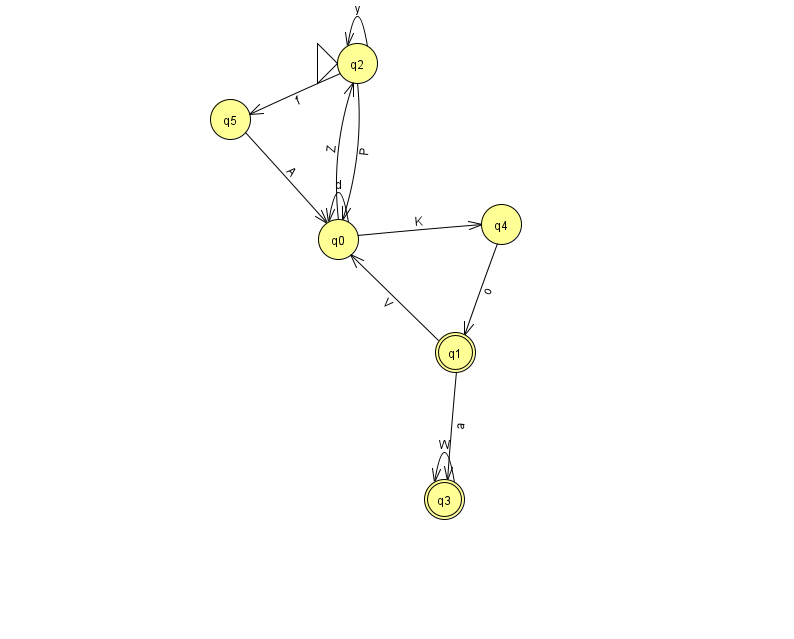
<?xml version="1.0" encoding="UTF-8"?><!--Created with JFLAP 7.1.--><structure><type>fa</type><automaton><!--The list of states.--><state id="0" name="q0"><x>338.0</x><y>226.0</y></state><state id="1" name="q1"><x>455.0</x><y>339.0</y><final/></state><state id="2" name="q2"><x>357.0</x><y>50.0</y><initial/></state><state id="3" name="q3"><x>444.0</x><y>486.0</y><final/></state><state id="4" name="q4"><x>501.0</x><y>211.0</y></state><state id="5" name="q5"><x>230.0</x><y>106.0</y></state><!--The list of transitions.--><transition><from>5</from><to>0</to><read>A</read></transition><transition><from>4</from><to>1</to><read>o</read></transition><transition><from>2</from><to>0</to><read>P</read></transition><transition><from>0</from><to>0</to><read>d</read></transition><transition><from>1</from><to>3</to><read>a</read></transition><transition><from>2</from><to>5</to><read>f</read></transition><transition><from>0</from><to>4</to><read>K</read></transition><transition><from>1</from><to>0</to><read>V</read></transition><transition><from>3</from><to>3</to><read>W</read></transition><transition><from>0</from><to>2</to><read>Z</read></transition><transition><from>2</from><to>2</to><read>y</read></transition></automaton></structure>